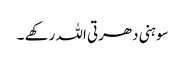
سوہنی دھرتی اللہ رکھے ۔